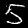
Digit: 5